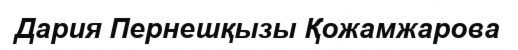
Дария Пернешқызы Қожамжарова